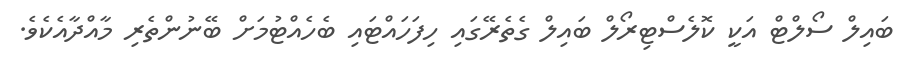
ބައިލް ސޯލްޓް އަކީ ކޮލެސްޓިރޯލް ބައިލް ގެތެރޭގައި ހިފަހައްޓައި ބެހެއްޓުމަށް ބޭނުންތެރި މާއްދާއެކެވެ.